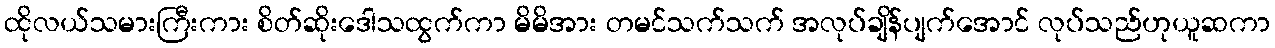
ထိုလယ်သမားကြီးကား စိတ်ဆိုးဒေါသထွက်ကာ မိမိအား တမင်သက်သက် အလုပ်ချိန်ပျက်အောင် လုပ်သည်ဟုယူဆကာ